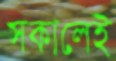
সকালেই